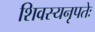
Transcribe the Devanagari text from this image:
शिवस्यनृपतेः